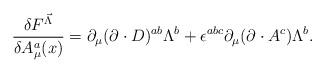
LaTeX: \begin{align*}\frac{\delta F^{\vec{\Lambda}}}{\delta A^{a}_{\mu}(x)}=\partial_{\mu}(\partial\cdot D)^{ab}\Lambda^{b}+\epsilon^{abc}\partial_{\mu}(\partial\cdot A^{c})\Lambda^{b}.\end{align*}